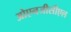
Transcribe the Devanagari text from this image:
ओएनजीसीएल